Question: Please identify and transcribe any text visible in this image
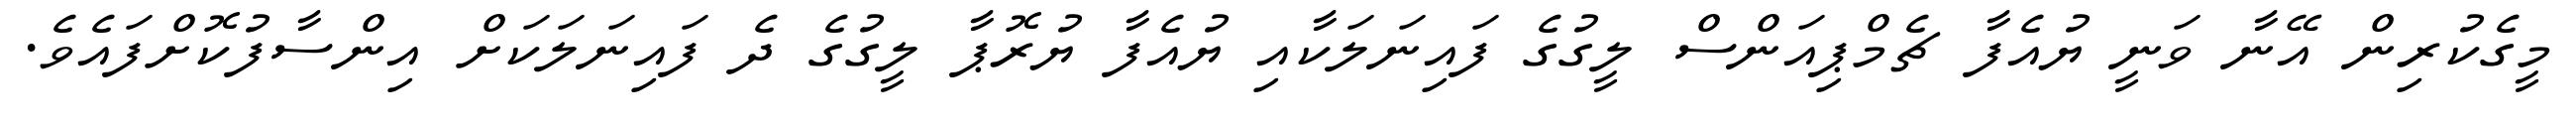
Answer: މީގެކުރިން އޭނާ ވަނީ ޔުއެފާ ޗެމްޕިއަންސް ލީގުގެ ފައިނަލަކާއި ޔުއެފާ ޔުރޮޕާ ލީގުގެ ދެ ފައިނަލަކަށް އިންސާފުކޮށްފައެވެ.